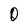
Character: O